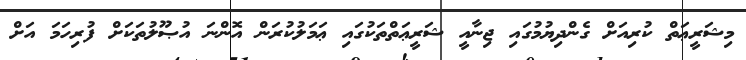
މިޝަރީޢަތް ކުރިއަށް ގެންދިޔުމުގައި ޖިނާއީ ޝަރީޢަތްތަކުގައި ޢަމަލުކުރަން އޮންނަ އުޞޫލުތަކަށް ފުރިހަމަ އަށް